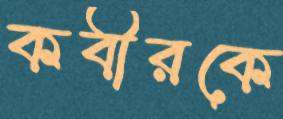
কবীরকে